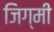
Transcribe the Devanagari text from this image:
जिग्मी